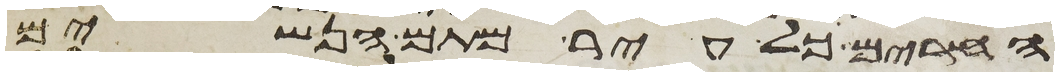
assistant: החרים כל עיר מתם הנשים